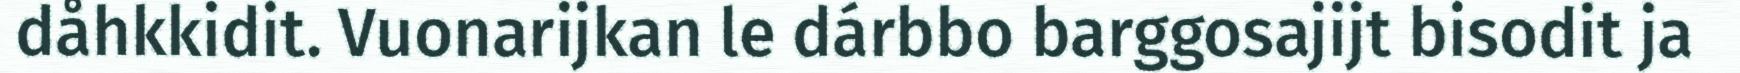
dåhkkidit. Vuonarijkan le dárbbo barggosajijt bisodit ja